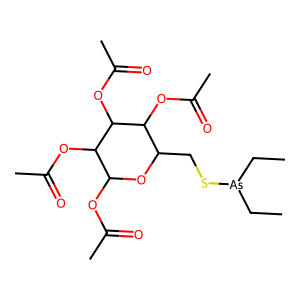
SMILES: CC[As](CC)SCC1OC(OC(C)=O)C(OC(C)=O)C(OC(C)=O)C1OC(C)=O
Inhibits HIV replication: No